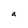
Character: a